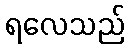
ရလေသည်